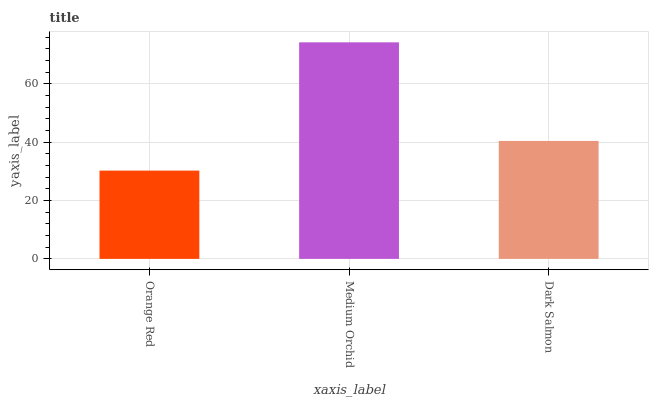
| xaxis_label | bars |
 | --- | --- |
 | Orange Red | 30.3 |
 | Medium Orchid | 74.2 |
 | Dark Salmon | 40.4 |